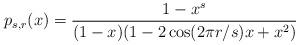
LaTeX: \begin{align*} p_{s, r} (x) = \frac{1 - x^s}{(1 - x) (1 - 2 \cos (2 \pi r / s) x + x^2)} \end{align*}